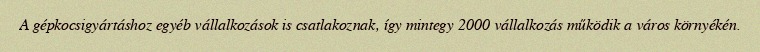
A gépkocsigyártáshoz egyéb vállalkozások is csatlakoznak, így mintegy 2000 vállalkozás működik a város környékén.